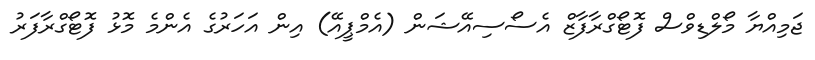
ޖަމިއްޔާ މޯލްޑިވްސް ފޮޓޯގްރާފާޒް އެސޯސިއޭޝަން (އެމްޕީއޭ) އިން އަހަރުގެ އެންމެ މޮޅު ފޮޓޯގްރާފަރު